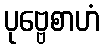
ပုဗ္ဗေစာဟံ